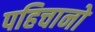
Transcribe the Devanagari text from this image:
पहिचानो